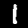
Label: 1